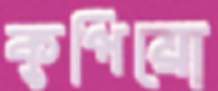
কুপিয়ো